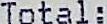
TOTAL: